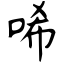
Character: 唏